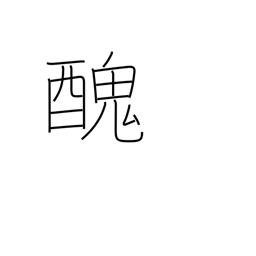
Meaning: ugly